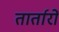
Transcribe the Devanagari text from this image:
तार्तारों